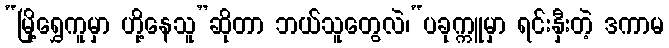
“မြို့ရွှေကူမှာ ဟို့နေသူ”ဆိုတာ ဘယ်သူတွေလဲ၊“ပခုက္ကူမှာ ရင်းနှီးတဲ့ ဒကာမ